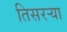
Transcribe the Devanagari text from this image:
तिसरऱ्या